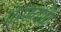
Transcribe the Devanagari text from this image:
पे्रमगीत